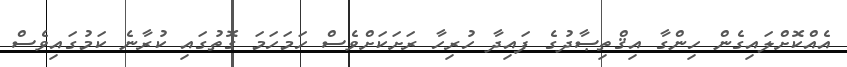
އެއްކޮށްލައިގެން ހިންގާ އިޤްތިޞާދުގެ ފައިދާ ހުރިހާ ރަށަކަށްވެސް ހަމަހަމަ ގޮތުގައި ކުރާނެ ކަމުގައިވެސް